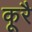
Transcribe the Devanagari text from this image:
कूरै